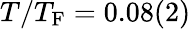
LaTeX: T/T_{\mathrm{F}}=0.08(2)